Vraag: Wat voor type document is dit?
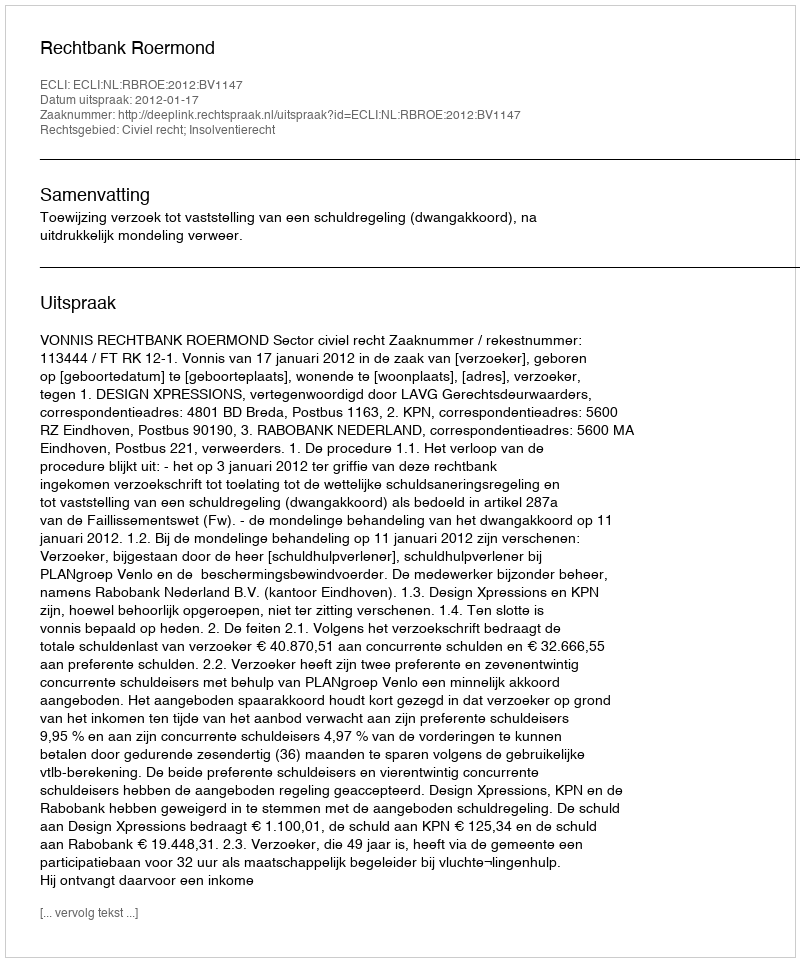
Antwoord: Uitspraak